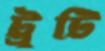
ট্রুটি